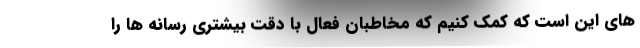
های این است که کمک کنیم که مخاطبان فعال با دقت بیشتری رسانه ها را